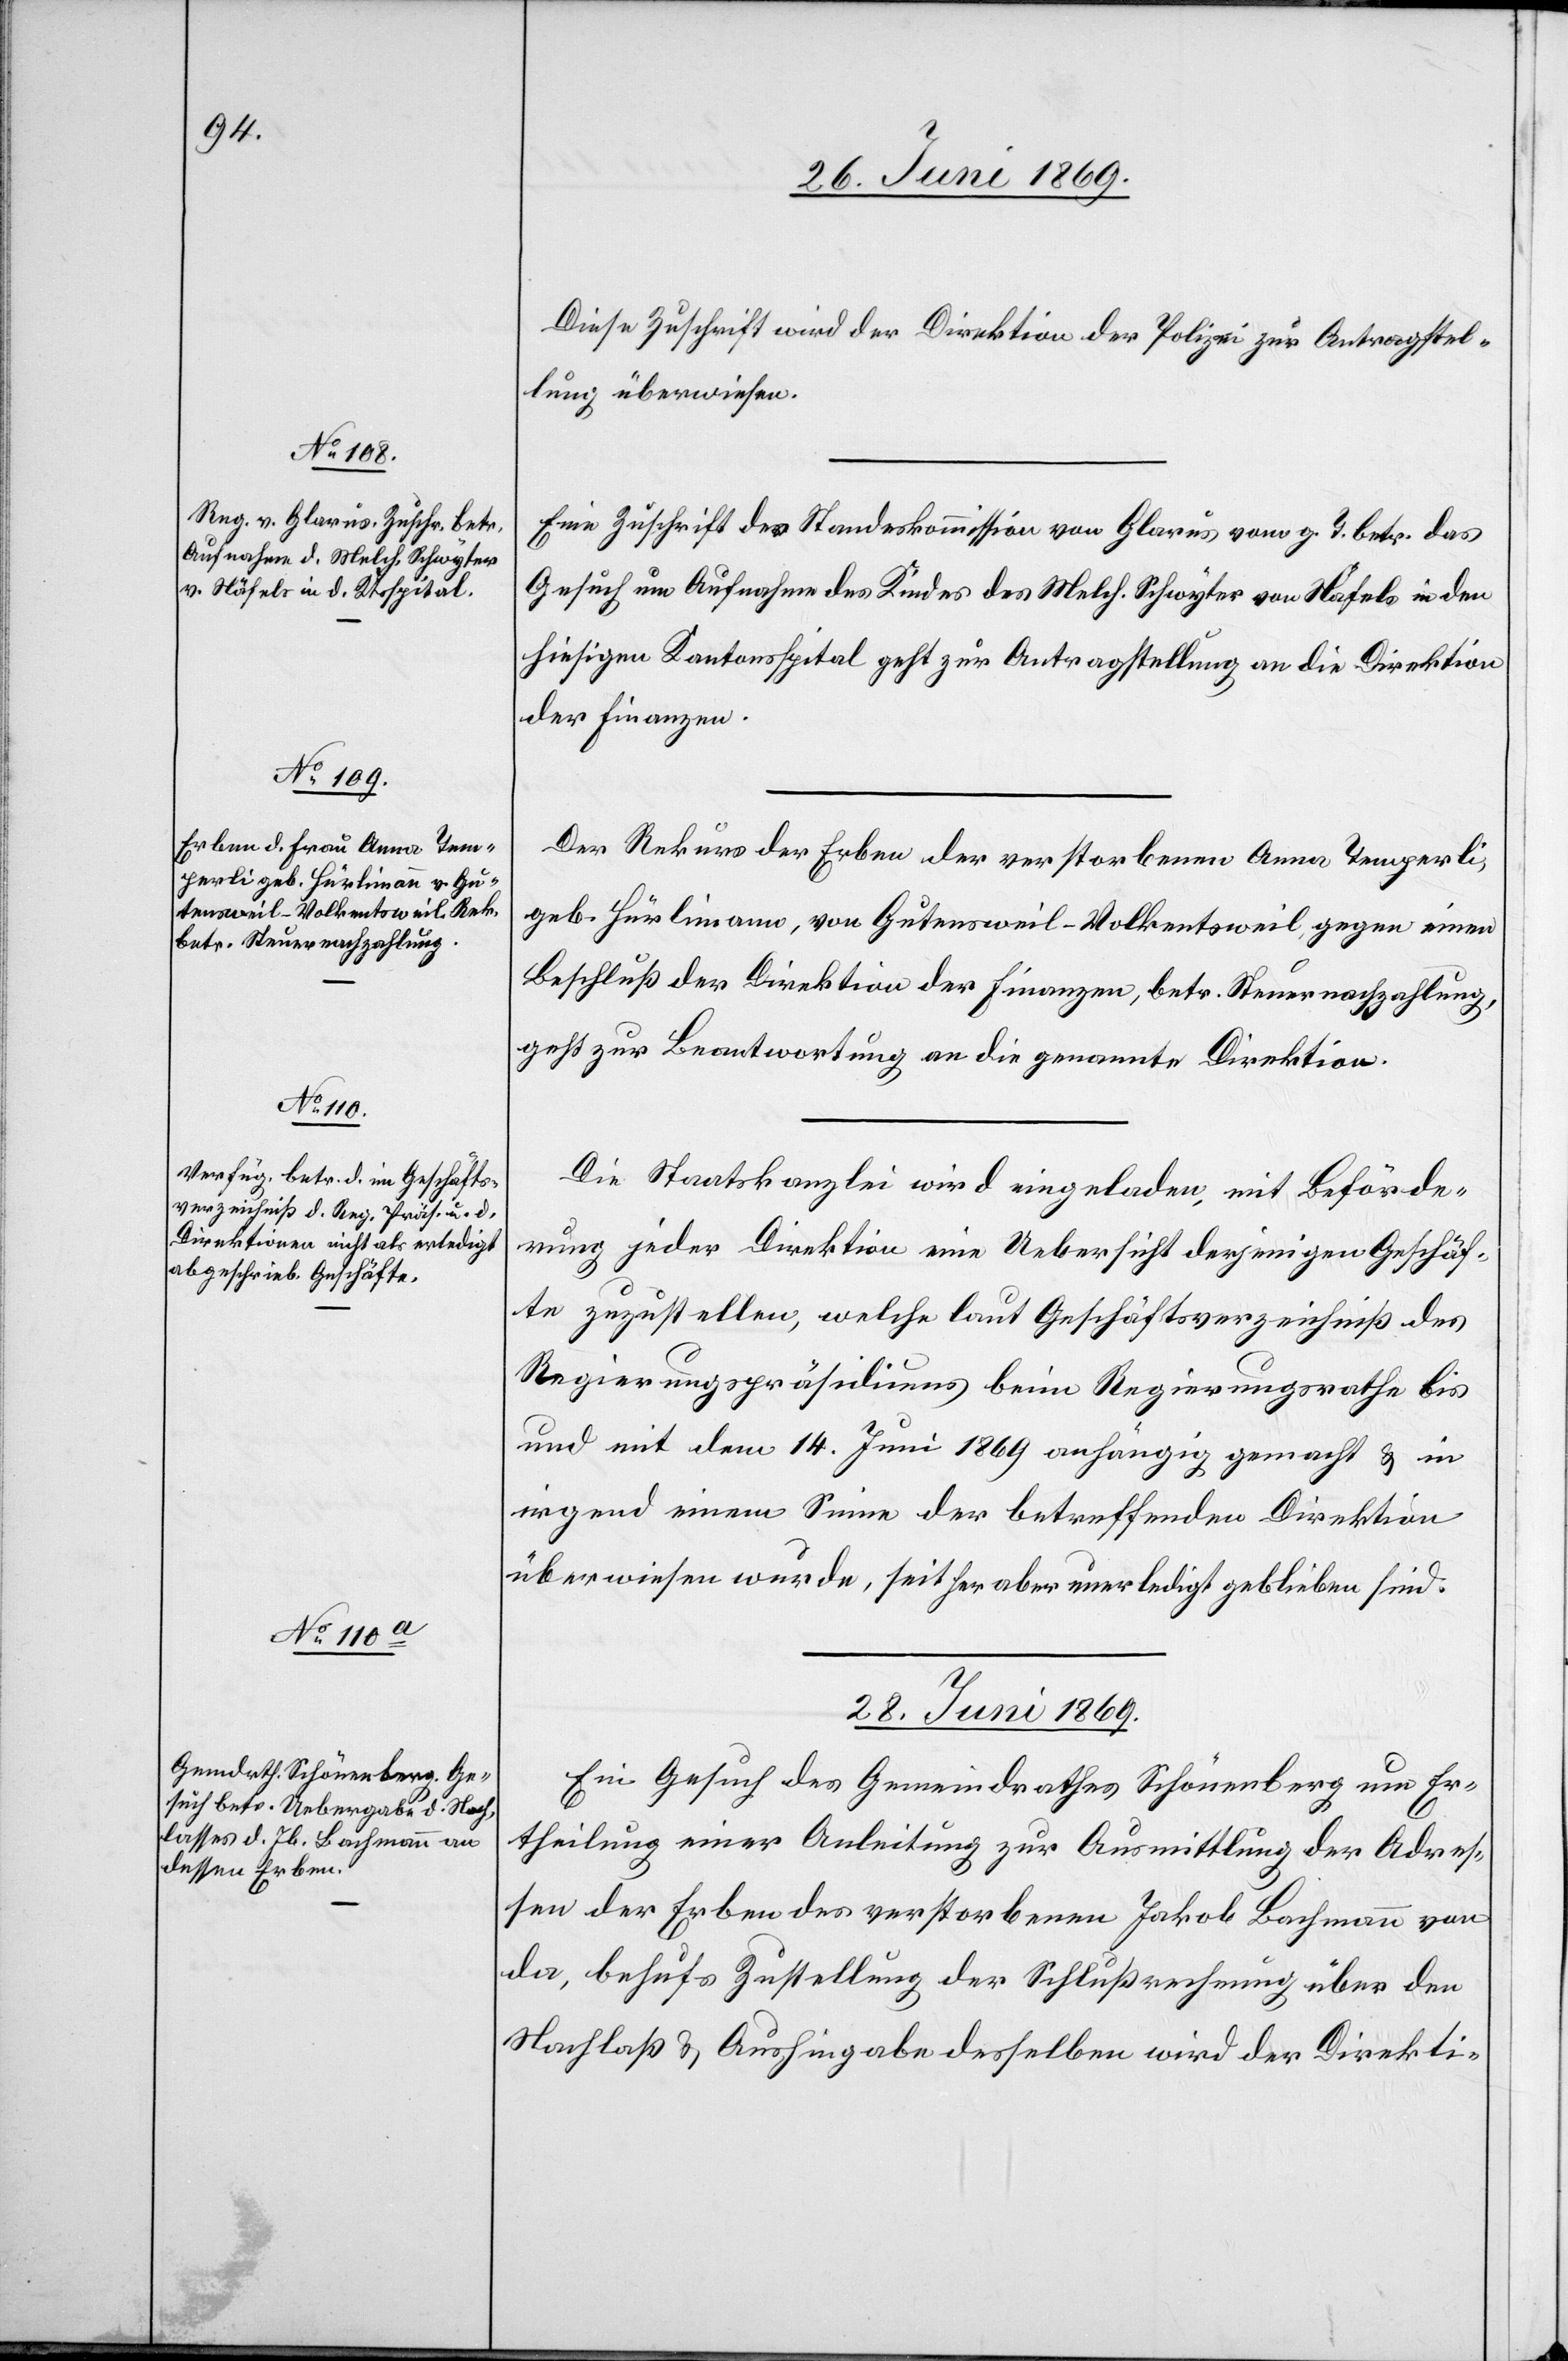
26. Juni 1869.]
Diese Zuschrift wird der Direktion der Polizei zur Antragstel¬
lung überwiesen.
Eine Zuschrift der Standeskommission von Glarus vom g. T. betr. das
Gesuch um Aufnahme des Kindes des Melch. Schwyter von Näfels in den
hiesigen Kantonsspital geht zur Antragstellung an die Direktion
der Finanzen.
Der Rekurs der Erben der verstorbenen Anna Temperli,
geb. Hürlimann, von Gutensweil - Volkentsweil, gegen einen
Beschluß der Direktion der Finanzen, betr. Steuernachzahlung,
geht zur Beantwortung an die genannten Direktion.
Die Staatskanzlei wird eingeladen, mit Beförde¬
rung jeder Direktion eine Uebersicht derjenigen Geschäf¬
te zuzustellen, welche laut Geschäftsverzeichniß des
Regierungspräsidiums beim Regierungsrathe bis
und mit dem 14. Juni 1869 anhängig gemacht u. in
irgend einem Sinne der betreffenden Direktion
überwiesen wurde, seither aber unerledigt geblieben sind.
28. Juni 1869.
Ein Gesuch des Gemeindrathes Schönenberg um Er¬
theilung einer Anleitung zur Ausmittlung der Adres¬
sen der Erben des verstorbenen Jakob Bachmann von
da, behufs Zustellung der Schlußrechnung über den
Nachlaß u. Aushingabe desselben wird der Direkti-